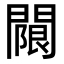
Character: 𨵬